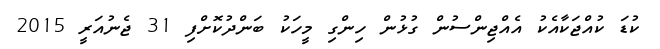
ކުޑަ ކުއްޖަކާއެކު އެއްޖިންސުން ގުޅުން ހިންގި މީހަކު ބަންދުކޮށްފި 31 ޖެނުއަރީ 2015